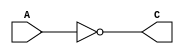
`define NumBits 16


module NOTModule(
    A,
    C
);

input wire [`NumBits - 1 : 0] A;

output wire [`NumBits - 1 : 0] C;

assign C=~A;

endmodule


module ANDModule(
    A, B,
    C
);

input wire [`NumBits - 1 : 0] A;
input wire [`NumBits - 1 : 0] B;

output wire [`NumBits - 1 : 0] C;

assign C=A&B;

endmodule


module ORRModule(
    A, B,
    C
);

input wire [`NumBits - 1 : 0] A;
input wire [`NumBits - 1 : 0] B;

output wire [`NumBits - 1 : 0] C;

assign C=A|B;

endmodule